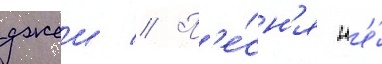
джеи // П'е́сн'я н'е́